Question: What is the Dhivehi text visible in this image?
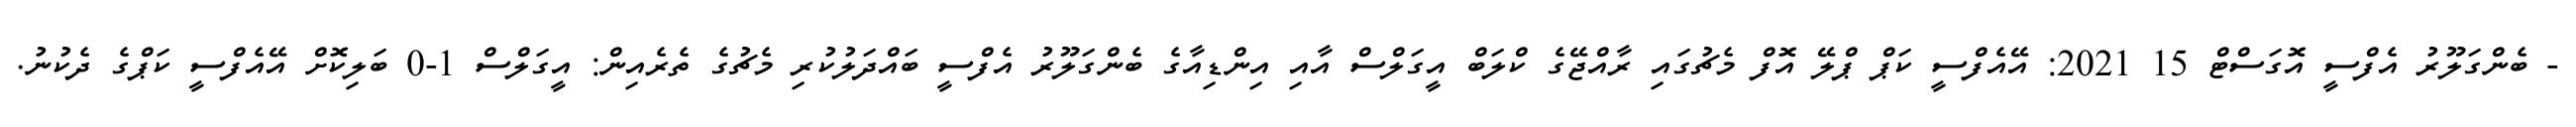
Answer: - ބެންގަލޫރު އެފްސީ އޮގަސްޓް 15 2021: އޭއެފްސީ ކަޕް ޕްލޭ އޮފް މެޗުގައި ރާއްޖޭގެ ކްލަބް އީގަލްސް އާއި އިންޑިއާގެ ބެންގަލޫރު އެފްސީ ބައްދަލުކުރި މެޗުގެ ތެރެއިން: އީގަލްސް 1-0 ބަލިކޮށް އޭއެފްސީ ކަޕްގެ ދެކުނު.